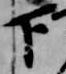
下